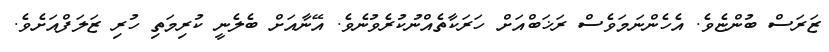
ޒަރަސް ބުންޏެވެ. އެހެންނަމަވެސް ރަޚަބްއަށް ހަރަކާތެއްނުކުރެވުނެވެ. އޭނާއަށް ބެލެނީ ކުރިމަތި ހުރި ޒަލަފްއަށެވެ.